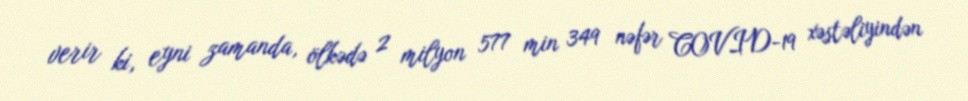
verir ki, eyni zamanda, ölkədə 2 milyon 577 min 349 nəfər COVID-19 xəstəliyindən